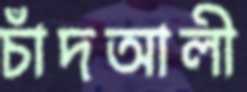
চাঁদআলী